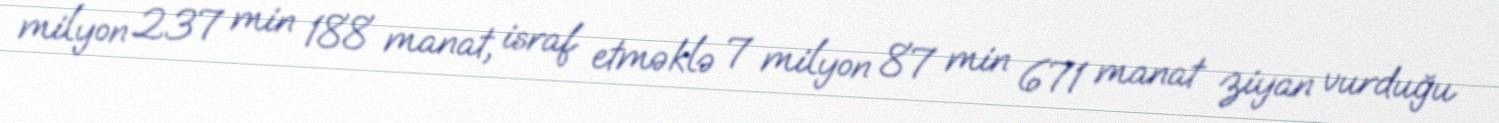
milyon 237 min 188 manat, israf etməklə 7 milyon 87 min 671 manat ziyan vurduğu